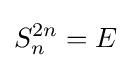
S_{n}^{2n}=E